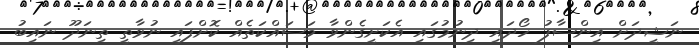
ނަޝީދަށް އިންސާފު ހޯދައި ދިނުމުގައި އެކަށީގެންވާ މަސައްކަތެއް ކޮށްފައި ނުވާތީ ތިނަދޫ ނައިބު